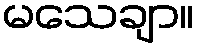
မသေချာ။